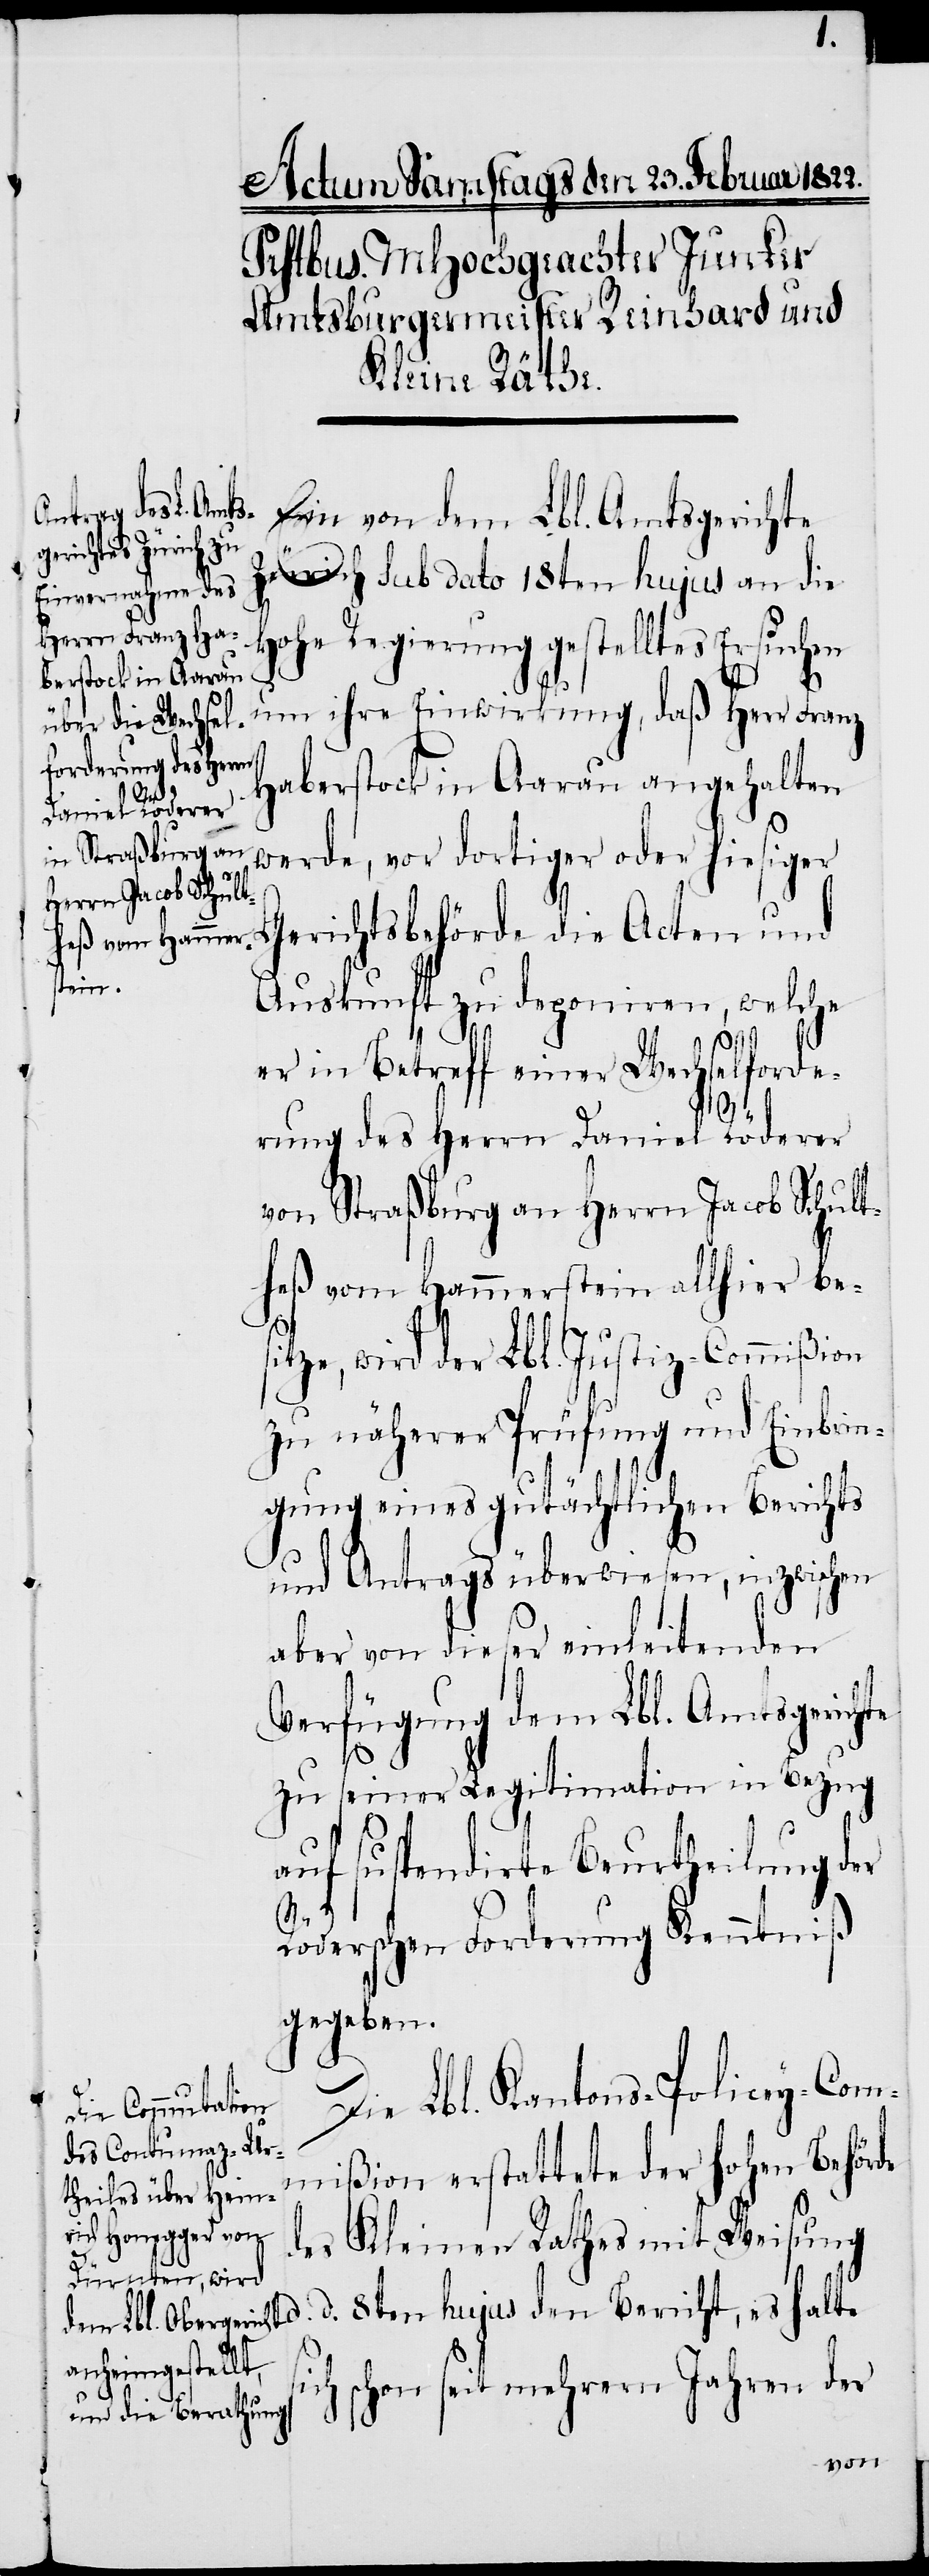
icht, es halte
Ein von dem Lbl. Amtsgericht
Zürich sub dato 18ten hujus an die
Hohe Regierung gestelltes Ersuchen
um ihre Einwirkung, daß Herr Franz
Haberstock in Aarau angehalten
werde, vor dortiger oder hiesiger
Gerichtsbehörde die Acten und
Auskunft zu deponiren, welche
er in Betreff einer Wechselforde¬
rung des Herrn Daniel Röderer
von Straßburg an Herrn Jacob Schult¬
heß von Hammerstein allhier be¬
sitze, wird der Lbl. Justiz-Commißion
zu näherer Prüfung und Einbrin¬
gung eines gutächtlichen Berichts
und Antrags überwiesen, inzwischen
aber von dieser einleitenden
Verfügung dem Lbl. Amtsgerichte
zu seiner Legitimation in Bezug
auf suspendirte Beurtheilung der
Ber¬
Röderschen Forderung Kenntniß
gegeben.
Die Lbl. Kantons-Policey-Com¬
mißion erstattete der hohen Behörde
des Kleinen Rathes mit Weisung
s¬
d.
ich schon seit mehrern Jahren der